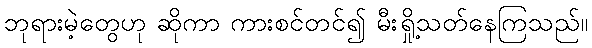
ဘုရားမဲ့တွေဟု ဆိုကာ ကားစင်တင်၍ မီးရှို့သတ်နေကြသည်။